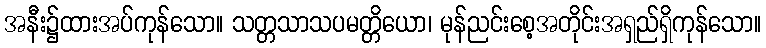
အနီး၌ထားအပ်ကုန်သော။ သတ္တသာသပမတ္တိယော၊ မုန်ညင်းစေ့အတိုင်းအရှည်ရှိကုန်သော။